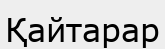
Қайтарар